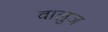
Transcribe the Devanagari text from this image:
वालुज